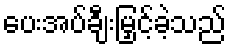
ပေးအပ်ချီးမြှင့်ခဲ့သည်